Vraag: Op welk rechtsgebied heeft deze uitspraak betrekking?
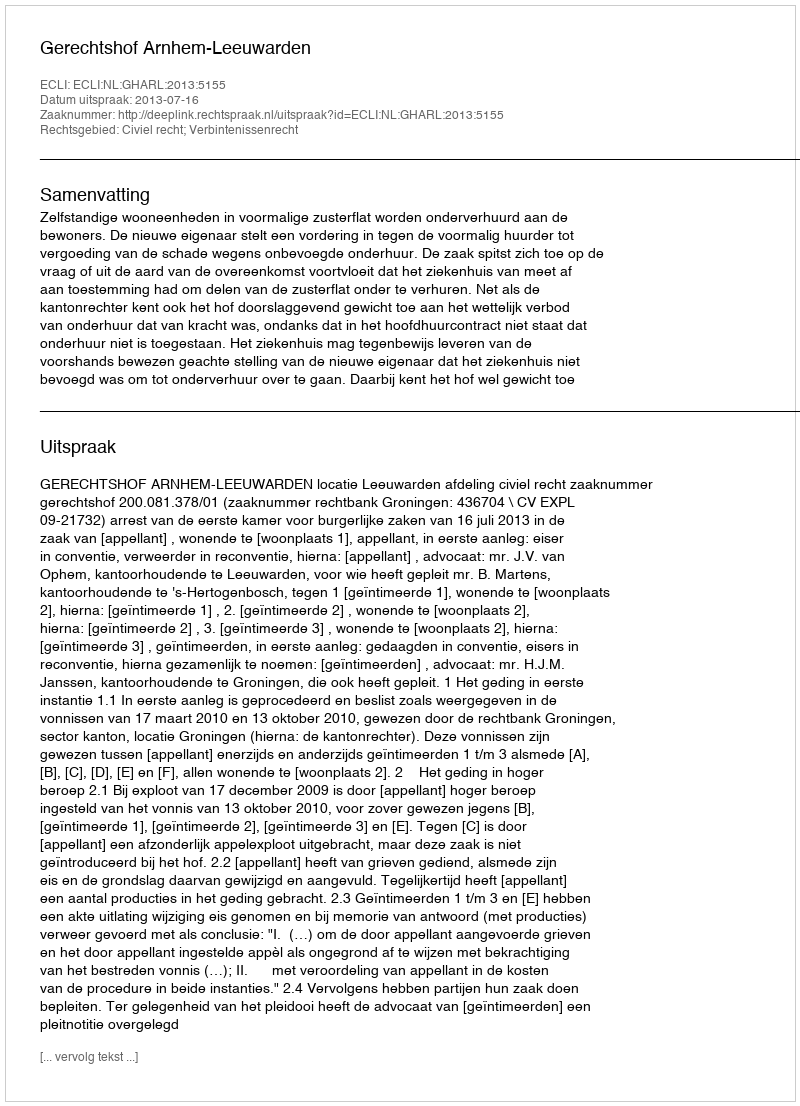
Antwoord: Civiel recht; Verbintenissenrecht